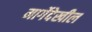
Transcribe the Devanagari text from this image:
मार्गेदेखील